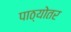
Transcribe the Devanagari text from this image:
पाठ्योतर